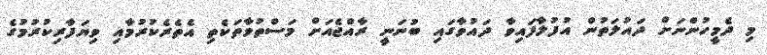
މި ދެމީހުންނަށް ދައުލަތުން އުފުލާފައިވާ ދައުވާގައި ބުނަނީ ރާއްޖެއަށް މަސްތުވާތަކެތި އެތެރެކުރުމާއި ވިޔަފާރިކުރުމުގެ